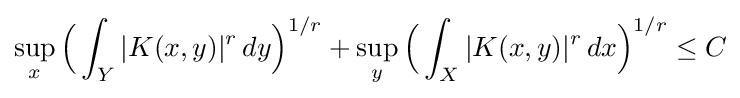
\sup _{x}{\Big (}\int _{Y}|K(x,y)|^{r}\,dy{\Big )}^{1/r}+\sup _{y}{\Big (}\int _{X}|K(x,y)|^{r}\,dx{\Big )}^{1/r}\leq C